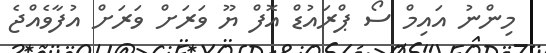
މިންނު އައިމް ސޯ ޕްރައުޑް އޮފް ޔޫ ވަރަށް ވަރަށް އުފާވެެއްޖެ